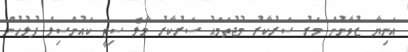
އަނިޔާ ޒުވާނުން މަރު ސަރުކާރު މުޖުތަމައު ސަރުކާރު މާލެ ސިޓީ ކައުންސިލް ފުލުހުން